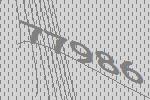
77986